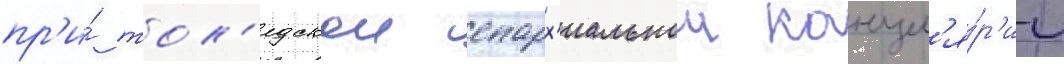
пр'и́ тол'едскои епарх'иальнои канцел'я́р'ии